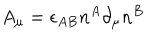
A _ { \mu } = \epsilon _ { A B } n ^ { A } \partial _ { \mu } n ^ { B }